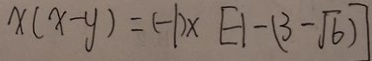
x ( x - y ) = ( - 1 ) \times [ - 1 - ( 3 - \sqrt { 6 } ) ]